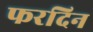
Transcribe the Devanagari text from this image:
फरदिन